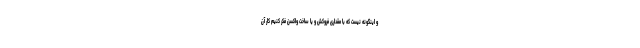
و اینگونه نیست که با مقداری فروکش و یا ساخت واکسن فکر کنیم کار آن